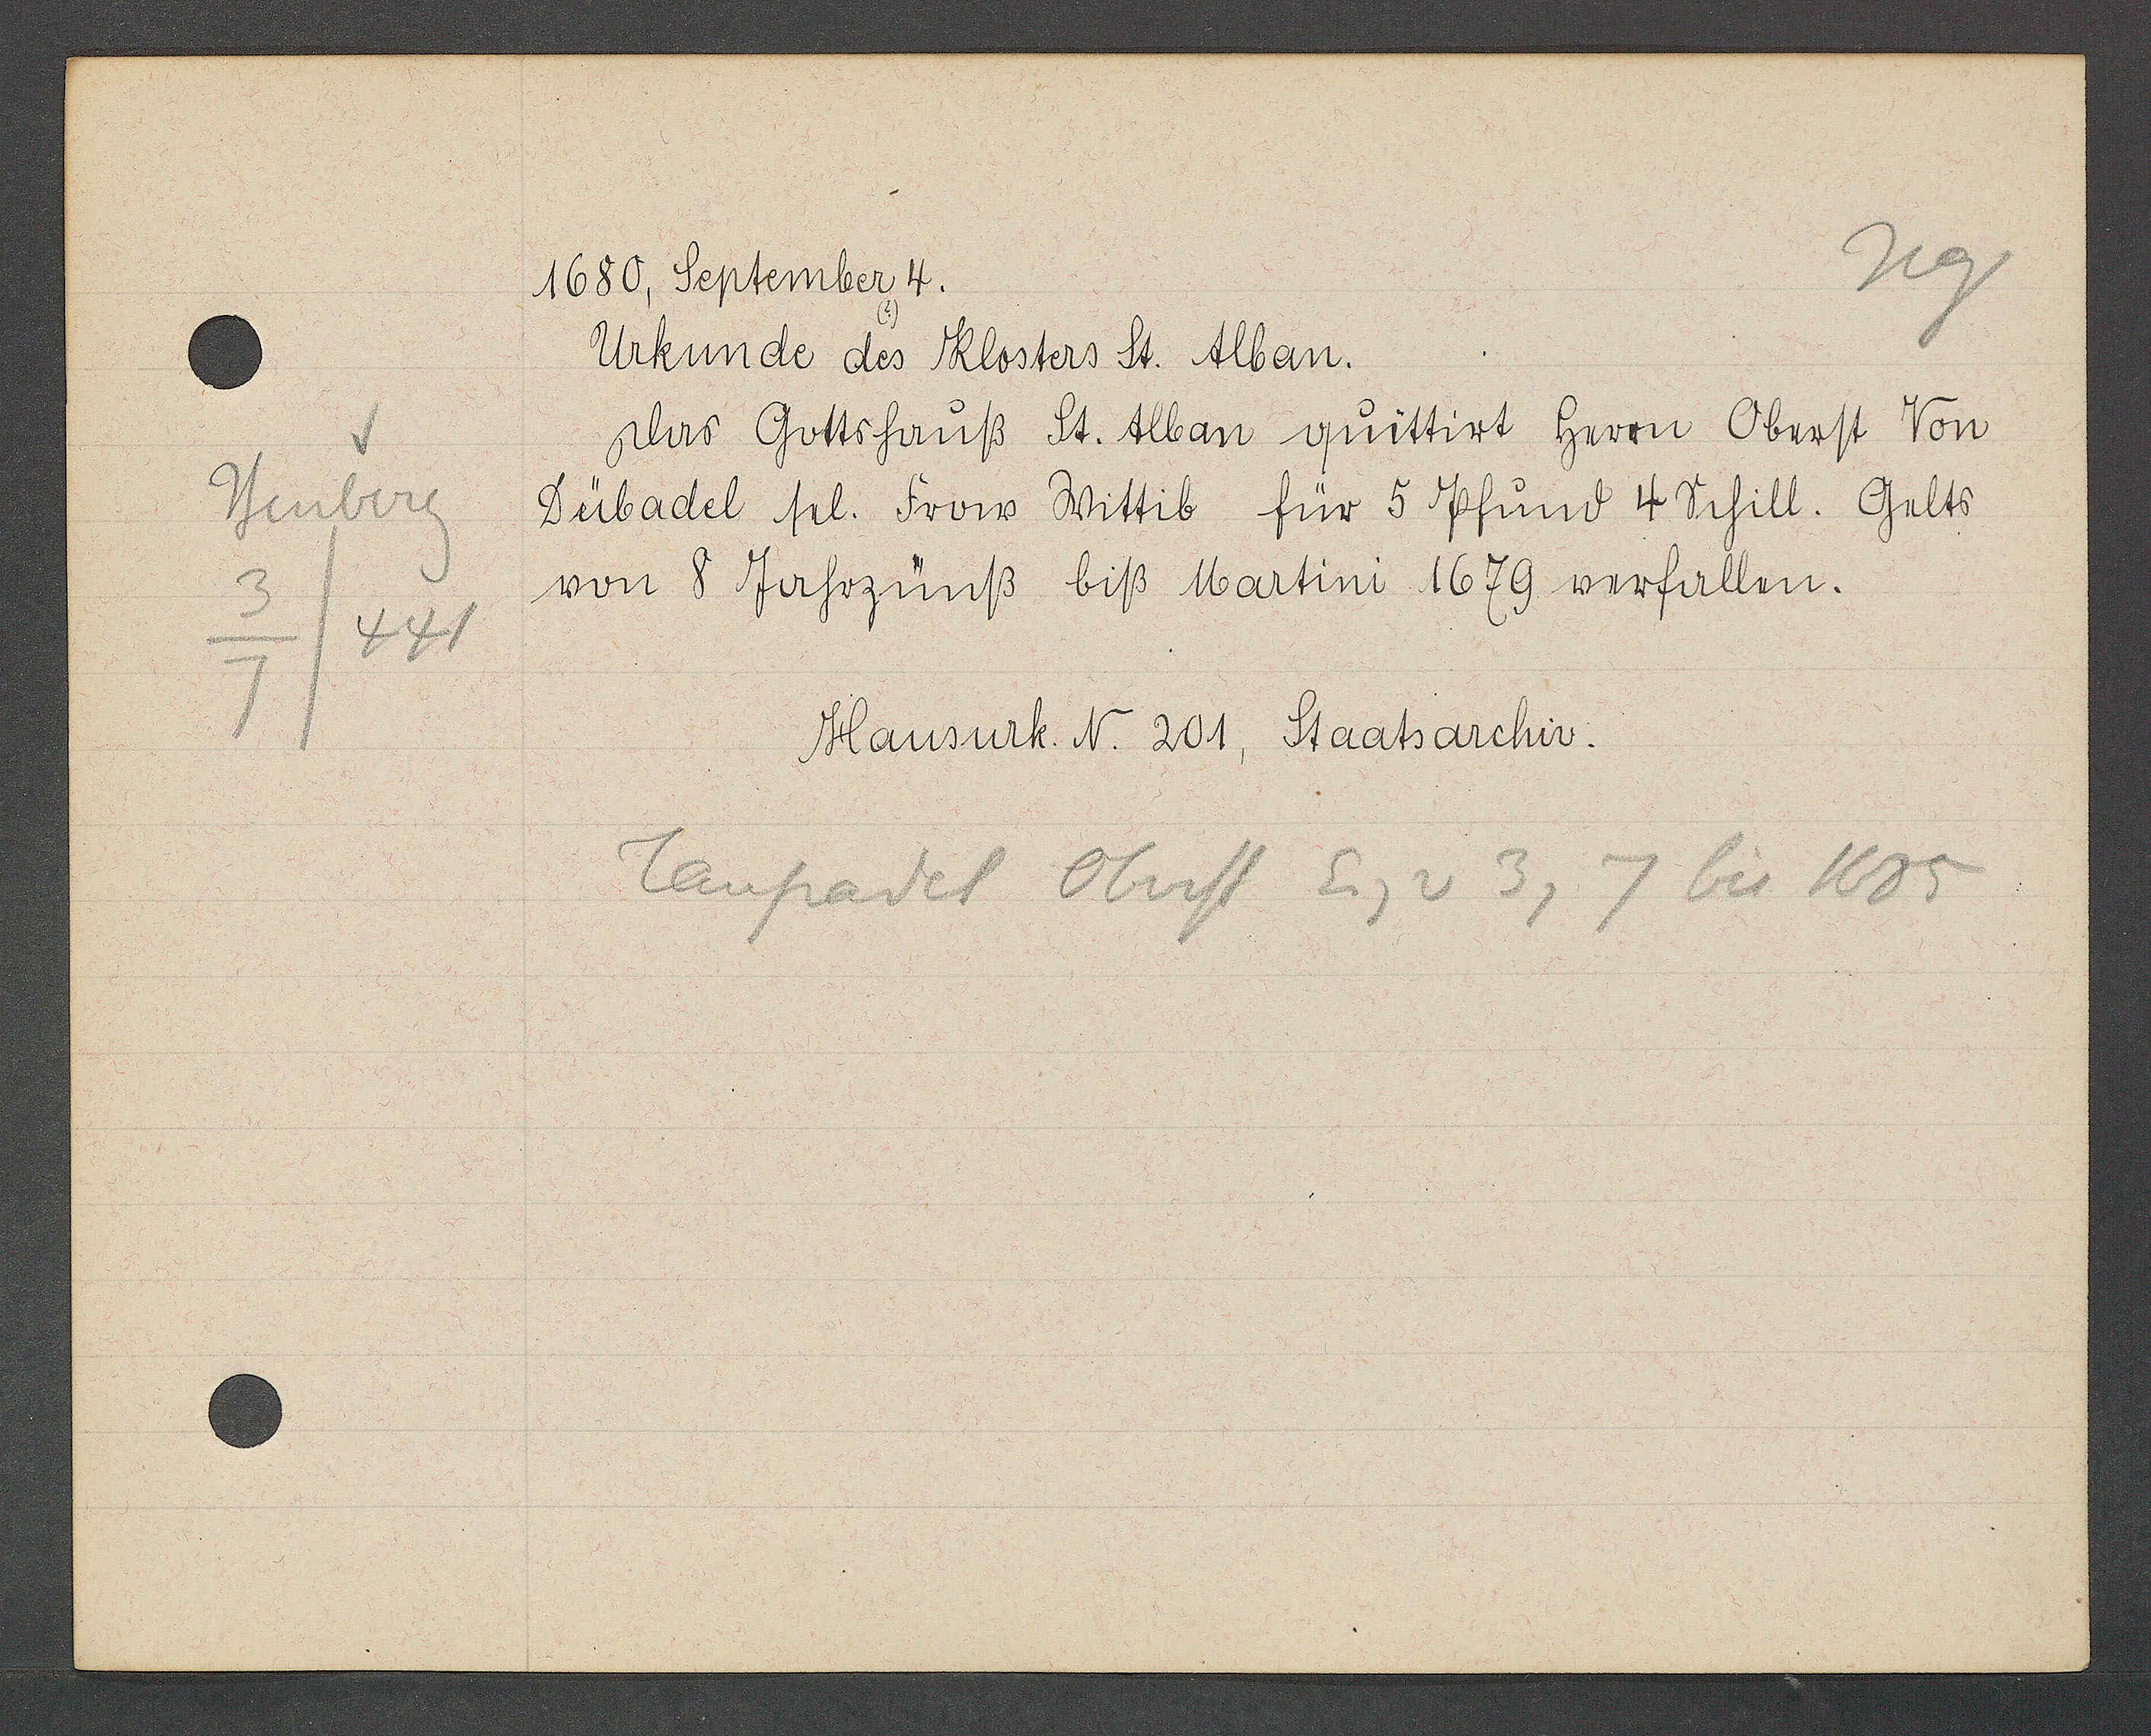
Transcript:
Heuberg
3
441
7

1680, September 4.

Urkunde des Klosters St. Alban.
Das Gottshauß St. Alban quittirt herrn Oberst Von
Dübadel fel. Frow Wittib für 5 Pfund 4 Schill. Gelts
von 8 Jahrzünß biß Martinni 1679 verfallen.

Hausurk. N. 201, Staatsarchiv.

Taupadel Oberst Eig v 3, 7 bis 1685